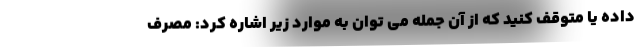
داده یا متوقف کنید که از آن جمله می توان به موارد زیر اشاره کرد: مصرف